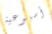
أسبوعية